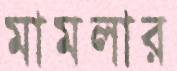
মামলার